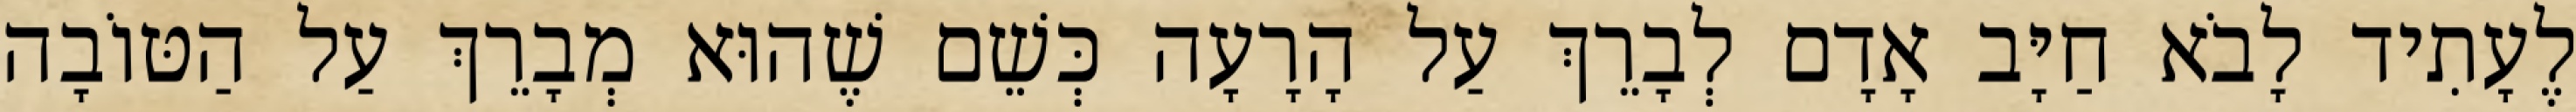
לֶעָתִיד לָבֹא חַיָּב אָדָם לְבָרֵךְ עַל הָרָעָה כְּשֵׁם שֶׁהוּא מְבָרֵךְ עַל הַטּוֹבָה